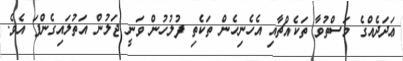
ޢަދަދެއްގެ މަސްތުވާ ތަކެއްޗާއި އެހެނިހެން ތަކެތި ފުލުހުން ވަނީ ޖަލުން އަތުލައިގެންފަ އެވެ.